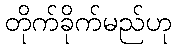
တိုက်ခိုက်မည်ဟု